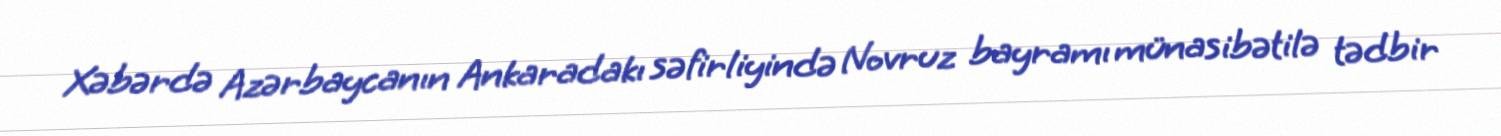
Xəbərdə Azərbaycanın Ankaradakı səfirliyində Novruz bayramı münasibətilə tədbir